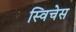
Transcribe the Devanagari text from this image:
स्विचेस